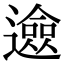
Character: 𨗦